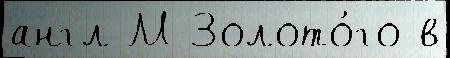
англ М Золото́го в